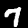
Label: 7